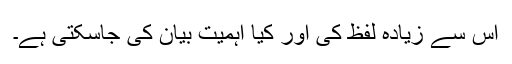
اس سے زیادہ لفظ کی اور کیا اہمیت بیان کی جاسکتی ہے۔